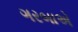
ગરબાએ